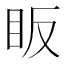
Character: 眅